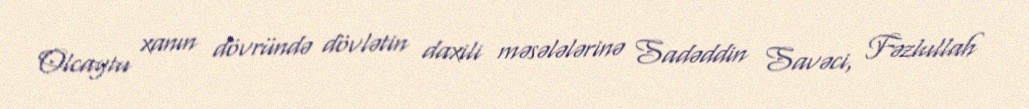
Olcaytu xanın dövründə dövlətin daxili məsələlərinə Sadəddin Savəci, Fəzlullah